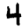
Digit: 4